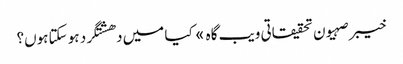
خیبر صہیون تحقیقاتی ویب گاہ » کیا میں دھشتگرد ہو سکتا ہوں؟